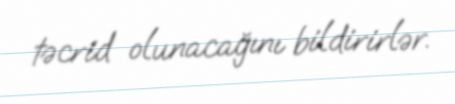
təcrid olunacağını bildirirlər.